Annual report on the Civil Veterinary Department, Burma (including the Insein Veterinary School) - 1932-1941
Year: 1932
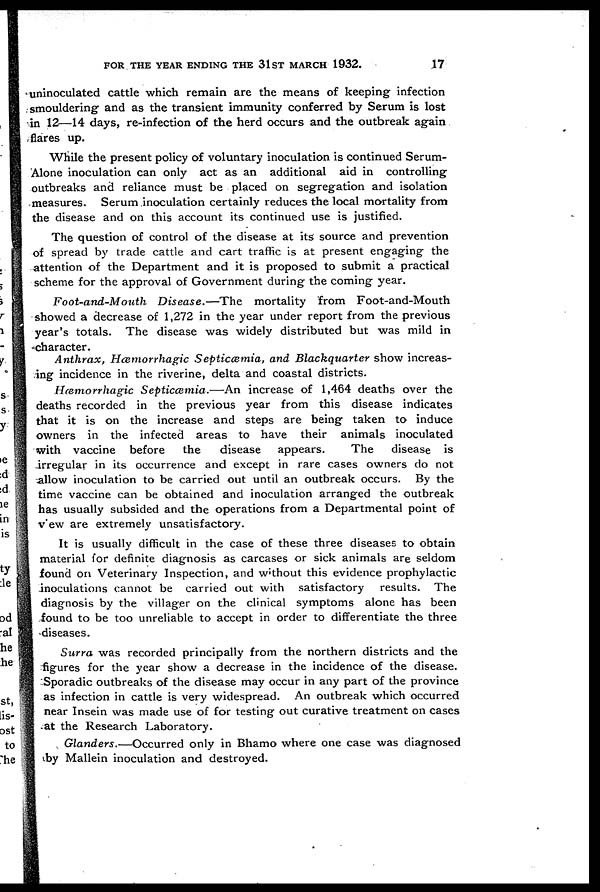
FOR THE YEAR ENDING THE 31ST MARCH 1932.
17
uninoculated cattle which remain are the means of keeping infection
smouldering and as the transient immunity conferred by Serum is lost
in 12—14 days, re-infection of the herd occurs and the outbreak again
flares up.
While the present policy of voluntary inoculation is continued Serum-
Alone inoculation can only act as an additional aid in controlling
outbreaks and reliance must be placed on segregation and isolation
measures. Serum inoculation certainly reduces the local mortality from
the disease and on this account its continued use is justified.
The question of control of the disease at its source and prevention
of spread by trade cattle and cart traffic is at present engaging the
attention of the Department and it is proposed to submit a practical
scheme for the approval of Government during the coming year.
Foot-and-Mouth
Disease.—The
mortality from Foot-and-Mouth
showed a decrease of 1,272 in the year under report from the previous
year's totals. The disease was widely distributed but was mild in
character.
Anthrax, Hæmorrhagic
Septicæmia,
and Blackquarter
show increas-
ing incidence in the riverine, delta and coastal districts.
Hæmorrhagic
Septicæmia.—An
increase of 1,464 deaths over the
deaths recorded in the previous year from this disease indicates
that it is on the increase and steps are being taken to induce
owners in the infected areas to have their animals inoculated
with vaccine before
the
disease
appears.
The
disease is
irregular in its occurrence and except in rare cases owners do not
allow inoculation to be carried out until an outbreak occurs. By the
time vaccine can be obtained and inoculation arranged the outbreak
has usually subsided and the operations from a Departmental point of
view are extremely unsatisfactory.
It is usually difficult in the case of these three diseases to obtain
material for definite diagnosis as carcases or sick animals are seldom
found on Veterinary Inspection, and without this evidence prophylactic
inoculations cannot be carried out with satisfactory
results. The
diagnosis by the villager on the clinical symptoms alone has been
found to be too unreliable to accept in order to differentiate the three
diseases.
Surra was recorded principally from the northern districts and the
figures for the year show a decrease in the incidence of the disease.
Sporadic outbreaks of the disease may occur in any part of the province
as infection in cattle is very widespread. An outbreak which occurred
near Insein was made use of for testing out curative treatment on cases
at the Research Laboratory.
Glanders.—Occurred
only in Bhamo where one case was diagnosed
by Mallein inoculation and destroyed.